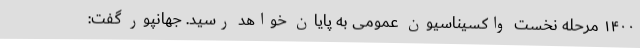
۱۴۰۰ مرحله نخست واکسیناسیون عمومی به پایان خواهد رسید. جهانپور گفت: